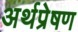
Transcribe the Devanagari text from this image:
अर्थप्रेषण